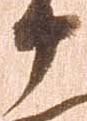
十